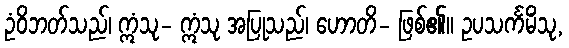
ဥံဝိဘတ်သည်၊ ဣံသု- ဣံသု အပြုသည်၊ ဟောတိ- ဖြစ်၏။ ဥပသင်္ကမိံသု,